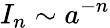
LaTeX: I_{n}\sim a^{-n}